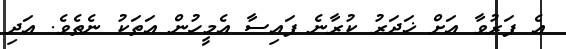
އެ ފަރުވާ އަށް ޚަދަރު ކުރާނެ ފައިސާ އެމީހުން އަތަކު ނެތެވެ. އަދި